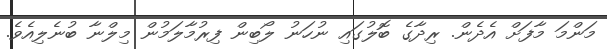
މަންމަ މާފަށް އެދެން. ރިދާގެ ބޮލުގައި ނުހަނު ލޯބިން ފިރުމާލަމުން މިލްނާ ބުނެލިއެވެ.